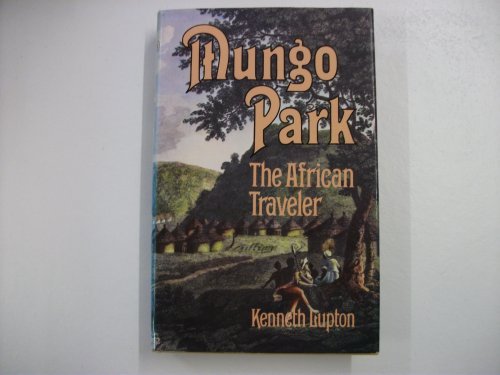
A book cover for Mungo Park the African Traveler; Kenneth Lupton; Travel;